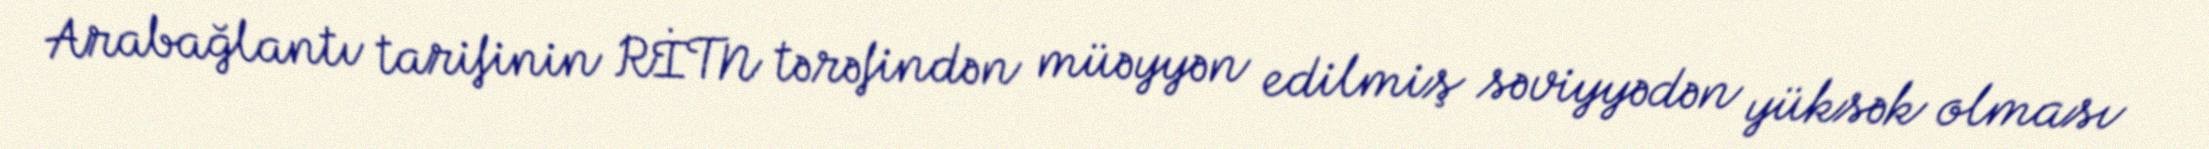
Arabağlantı tarifinin RİTN tərəfindən müəyyən edilmiş səviyyədən yüksək olması